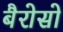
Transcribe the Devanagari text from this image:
बैरोसो